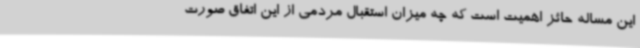
این مساله حائز اهمیت است که چه میزان استقبال مردمی از این اتفاق صورت